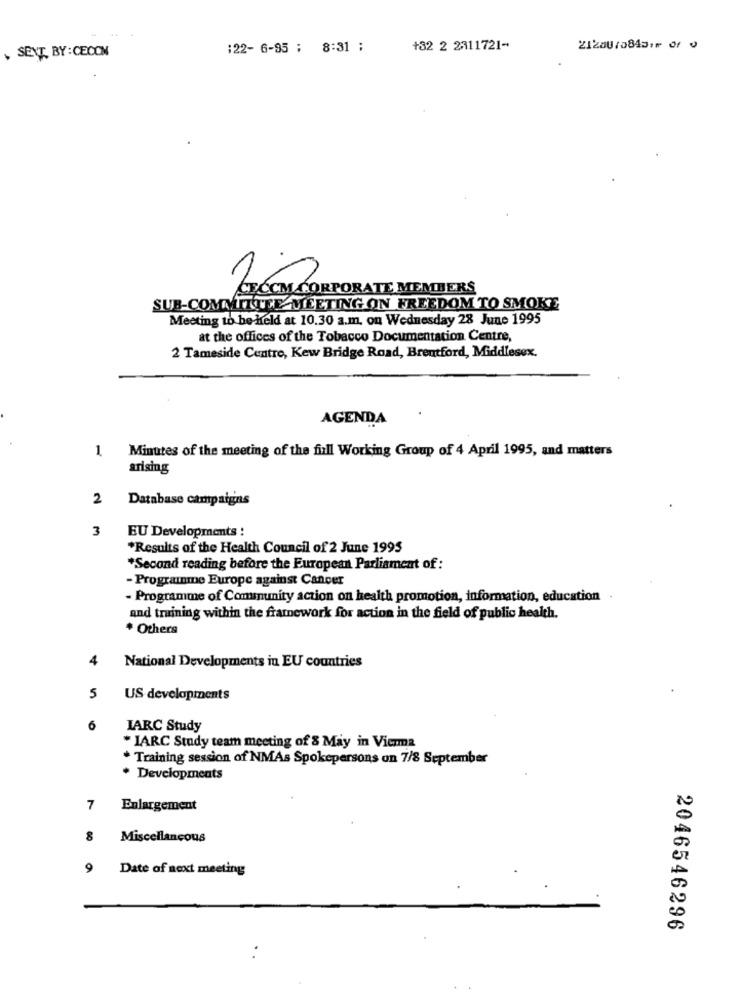
SENT, BY : CECOM
:22- 6-95 : 8:31 ;
+32 2 2311721-
21280/08431⑈ of 0
CCM CORPORATE MEMBERS
SUB-COMMITTEE MEETING ON FREEDOM TO SMOKE
Meeting to be held at 10.30 a.m. on Wednesday 28 June 1995
at the offices of the Tobacco Documentation Centre,
2 Tameside Centre, Kew Bridge Road, Brentford, Middlesex.
AGENDA
1
Minutes of the meeting of the full Working Group of 4 April 1995, and matters
arising
2
Database campaigns
3
EU Developments !
*Results of the Health Council of 2 June 1995
*Second reading before the European Parliament of :
- Programme Europe against Cancer
- Programme of Community action on health promotion, information, education
and training within the framework for action in the field of public health.
* Others
4 National Developments in EU countries
5
US developments
6
IARC Study
* IARC Study team meeting of 8 May in Vierma
* Training session of NMAs Spokepersons on 7/8 September
* Developments
7
Enlargement
8
Miscellaneous
Date of next meeting
2046546296